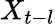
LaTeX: X_{t-l}